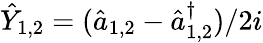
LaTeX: \hat{Y}_{1,2}=(\hat{a}_{1,2}-\hat{a}_{1,2}^{\dagger})/2i